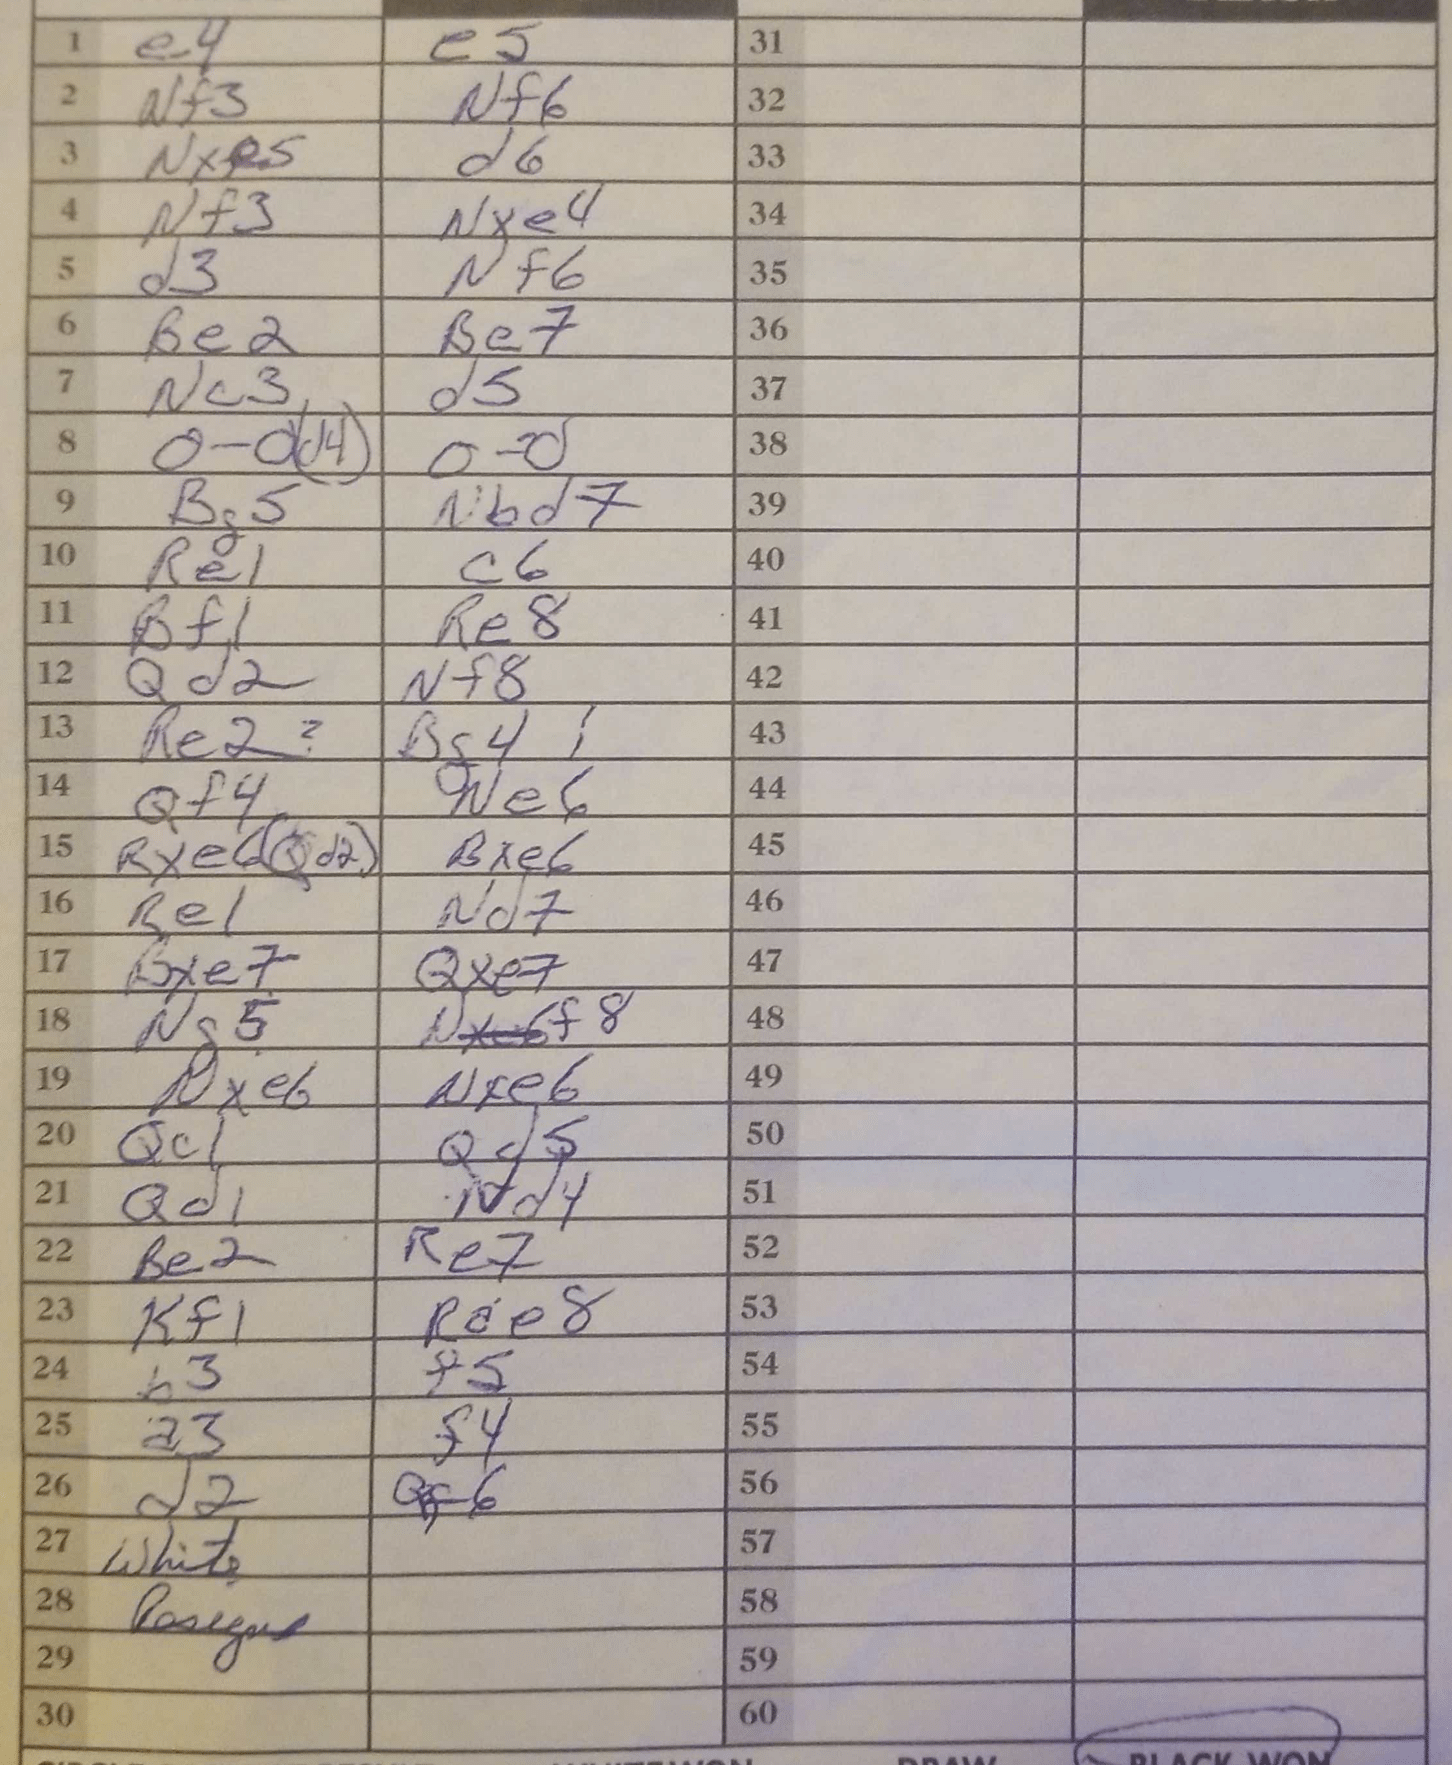
Moves: e4 e5 Nf3 Nf6 Nxe5 d6 Nf3 Nxe4 d3 Nf6 Be2 Be7 Nc3 d5 O-O O-O Bg5 Nbd7 Re1 c6 Bf1 Re8 Qd2 Nf8 Re2 Bg4 Qf4 Ne6 Re1 Nd7 Bxe7 Qxe7 Ng5 Nf8 Ng5 Nf8 Nxe6 Nxe6 Qc1 Qd5 Qd1 Nd4 Be2 Re7 Kf1 Rae8 b3 f5 a3 f4 d2 Qf6